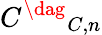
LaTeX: {C^{\dag}}_{C,n}